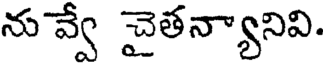
ను వ్వే చైతన్యానివి.